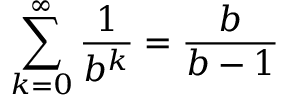
\sum _ { k = 0 } ^ { \infty } { \frac { 1 } { b ^ { k } } } = { \frac { b } { b - 1 } }